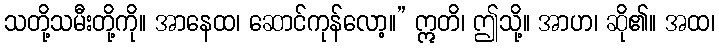
သတို့သမီးတို့ကို။ အာနေထ၊ ဆောင်ကုန်လော့။” ဣတိ၊ ဤသို့။ အာဟ၊ ဆို၏။ အထ၊